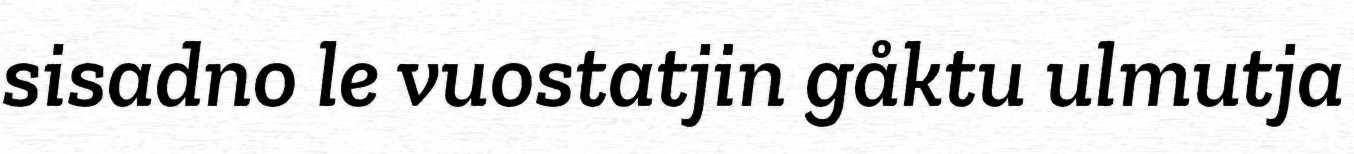
sisadno le vuostatjin gåktu ulmutja